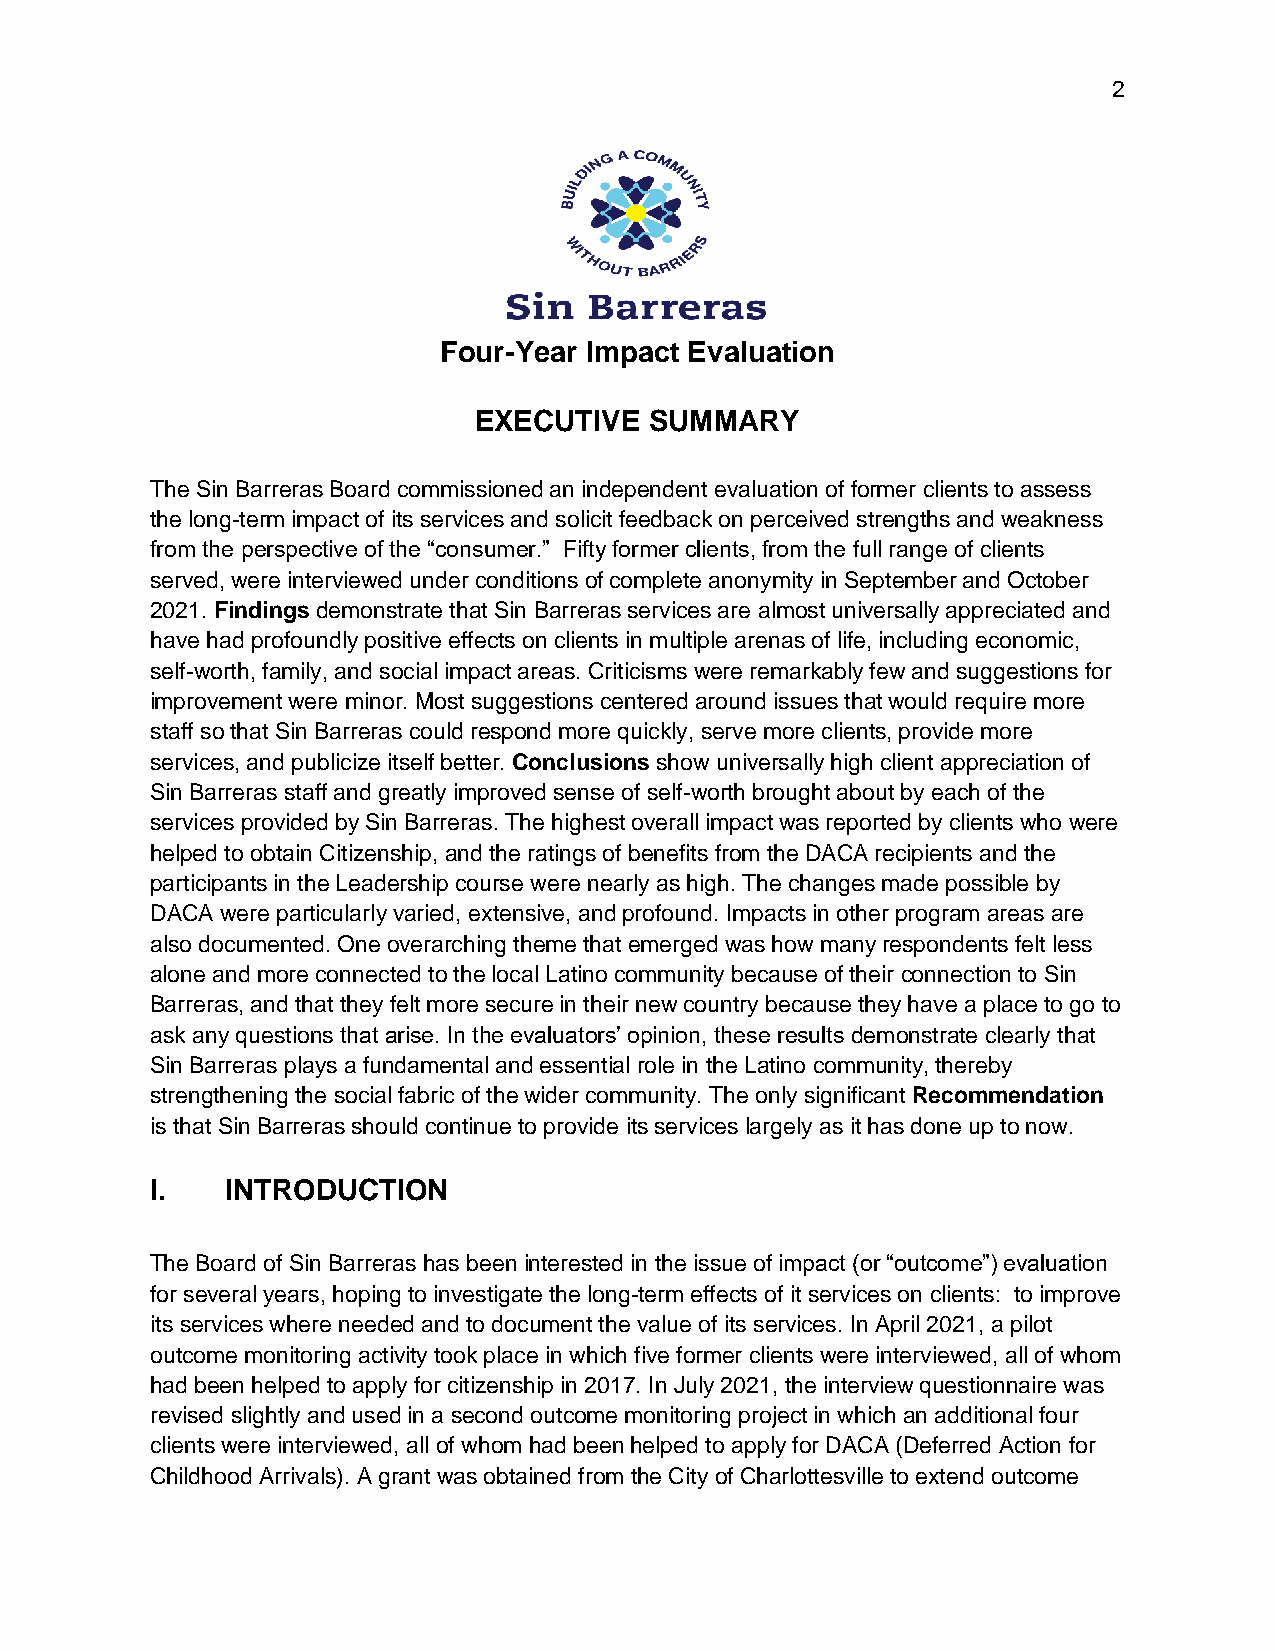
2
 Four-Year Impact Evaluation
 EXECUTIVE   SUMMARY
 The Sin Barreras Board commissioned an independent evaluation of former clients to assess
 the long-term impact of its services and solicit feedback on perceived strengths and weakness
 from the perspective of the “consumer.” Fifty former clients, from the full range of clients
 served, were interviewed under conditions of complete anonymity in September and October
 2021. Findings demonstrate that Sin Barreras services are almost universally appreciated and
 have had profoundly positive effects on clients in multiple arenas of life, including economic,
 self-worth, family, and social impact areas. Criticisms were remarkably few and suggestions for
 improvement were minor. Most suggestions centered around issues that would require more
 staff so that Sin Barreras could respond more quickly, serve more clients, provide more
 services, and publicize itself better. Conclusions show universally high client appreciation of
 Sin Barreras staff and greatly improved sense of self-worth brought about by each of the
 services provided by Sin Barreras. The highest overall impact was reported by clients who were
 helped to obtain Citizenship, and the ratings of benefits from the DACA recipients and the
 participants in the Leadership course were nearly as high. The changes made possible by
 DACA were particularly varied, extensive, and profound. Impacts in other program areas are
 also documented. One overarching theme that emerged was how many respondents felt less
 alone and more connected to the local Latino community because of their connection to Sin
 Barreras, and that they felt more secure in their new country because they have a place to go to
 ask any questions that arise. In the evaluators’ opinion, these results demonstrate clearly that
 Sin Barreras plays a fundamental and essential role in the Latino community, thereby
 strengthening the social fabric of the wider community. The only significant Recommendation
 is that Sin Barreras should continue to provide its services largely as it has done up to now.
 I.   INTRODUCTION
 The Board of Sin Barreras has been interested in the issue of impact (or “outcome”) evaluation
 for several years, hoping to investigate the long-term effects of it services on clients: to improve
 its services where needed and to document the value of its services. In April 2021, a pilot
 outcome monitoring activity took place in which five former clients were interviewed, all of whom
 had been helped to apply for citizenship in 2017. In July 2021, the interview questionnaire was
 revised slightly and used in a second outcome monitoring project in which an additional four
 clients were interviewed, all of whom had been helped to apply for DACA (Deferred Action for
 Childhood Arrivals). A grant was obtained from the City of Charlottesville to extend outcome